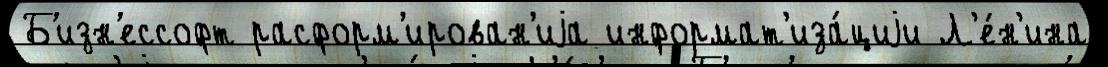
Б'изн'ессофт расформ'ирован'иjа информат'иза́циjи Л'е́н'ина